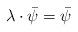
LaTeX: \begin{align*}\lambda\cdot\bar{\psi}=\bar{\psi}\end{align*}